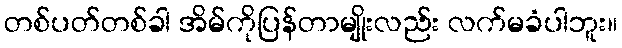
တစ်ပတ်တစ်ခါ အိမ်ကိုပြန်တာမျိုးလည်း လက်မခံပါဘူး။